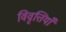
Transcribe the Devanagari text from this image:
विवृत्तियाँ